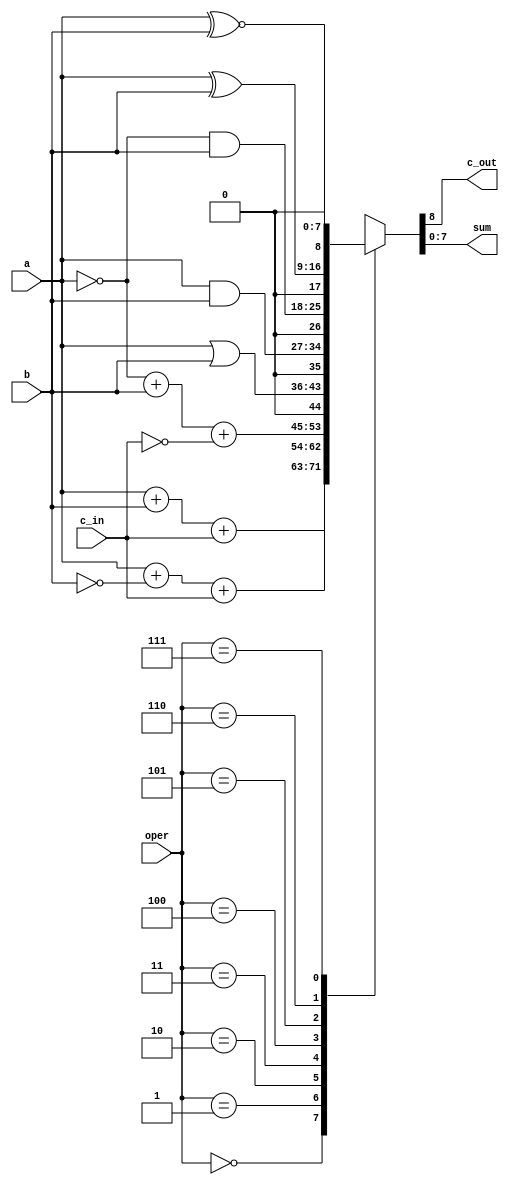
`define AND 3'd0
`define SUBTRACT 3'd1
`define SUBTRACT_A 3'd2
`define OR_AB 3'd3
`define AND_AB 3'd4
`define NOT_AB 3'd5
`define EXOR 3'd6
`define EXNOR 3'd7

module ALU(c_out, sum, oper, a, b, c_in);
output reg c_out;
output reg [7:0] sum;
input [2:0] oper;
input [7:0] a;
input [7:0] b;
input c_in;
wire [7:0] abar, bbar;
wire c_inbar;

assign abar = ~a;
assign bbar = ~b;
assign c_inbar = ~c_in;

always @ (*)
begin
  case (oper)
    `AND: {c_out, sum} = a + b + c_in;
    `SUBTRACT: {c_out, sum} = a + bbar + c_in;
    `SUBTRACT_A: {c_out, sum} = abar + b + c_inbar;
    `OR_AB: {c_out, sum} = {1'b0, a|b};
    `AND_AB: {c_out, sum} = {1'b0, a&b};
    `NOT_AB: {c_out, sum} = {1'b0, abar&b};
    `EXOR: {c_out, sum} = {1'b0, a^b};
    `EXNOR: {c_out, sum} = {1'b0, a~^b};
  default:  {c_out, sum} = 9'b0;
  endcase
end

endmodule